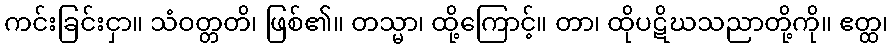
ကင်းခြင်းငှာ။ သံဝတ္တတိ၊ ဖြစ်၏။ တသ္မာ၊ ထို့ကြောင့်။ တာ၊ ထိုပဋိဃသညာတို့ကို။ ဧတ္ထ၊